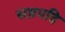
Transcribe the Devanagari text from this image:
सप्तपदि